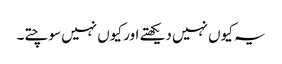
یہ کیوں نہیں دیکھتے اور کیوں نہیں سوچتے۔